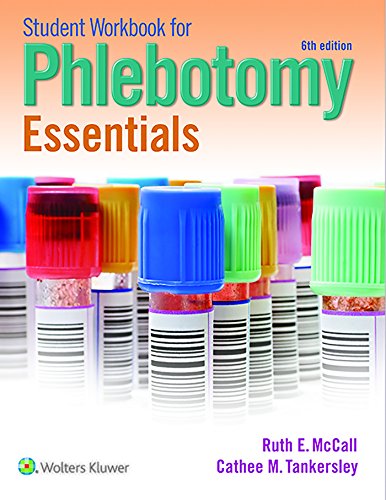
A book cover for Student Workbook for Phlebotomy Essentials; Ruth McCall; Medical Books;